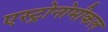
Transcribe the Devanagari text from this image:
एस्ट्रोनोमीकल